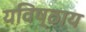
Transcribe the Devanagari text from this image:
यविष्ठाय